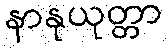
နာနုယုတ္တာ